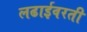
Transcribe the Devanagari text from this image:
लढाईवरती